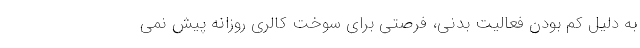
به دلیل کم بودن فعالیت بدنی، فرصتی برای سوخت کالری روزانه پیش نمی